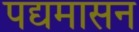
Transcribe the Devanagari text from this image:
पद्यमासन